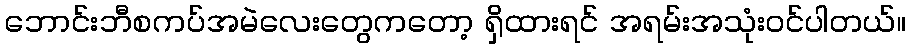
ဘောင်းဘီစကပ်အမဲလေးတွေကတော့ ရှိထားရင် အရမ်းအသုံးဝင်ပါတယ်။